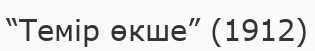
“Темір өкше” (1912)